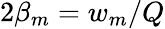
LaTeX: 2\beta_{m}=w_{m}/Q